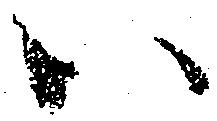
い